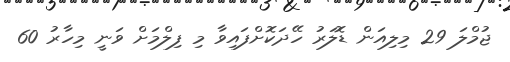
ޖުމްލަ 29 މިލިއަން ޑޮލަރު ހޭދަކޮށްފައިވާ މި ފިލްމަށް ވަނީ މިހާރު 60